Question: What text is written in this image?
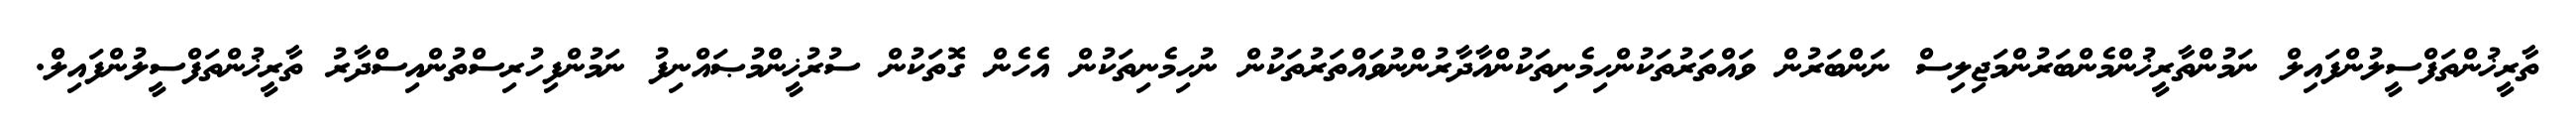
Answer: ތާރީޚުންތަފްސީލުންފައިލް ނަމުންތާރީޚުންމެންބަރުންމަޖިލިސް ނަންބަރުން ވައްތަރުތަކުންހިމެނިތަކުންއާދާރުންނުވައްތަރުތަކުން ނުހިމެނިތަކުން އެހެން ގޮތަކުން ސުރުޚީންމުޞައްނިފު ނަމުންފިހުރިސްތުންއިސްދާރު ތާރީޚުންތަފްސީލުންފައިލް.